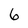
Character: 6